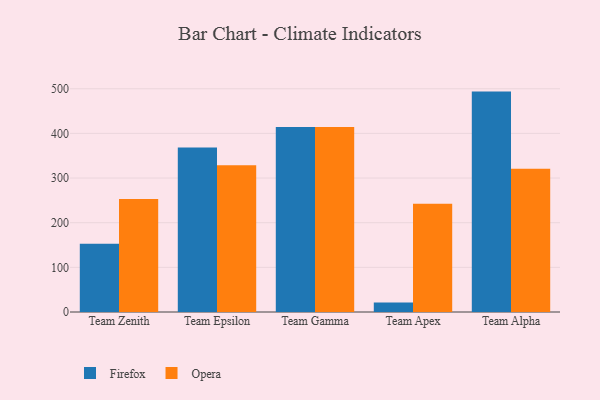
{"axis": {"x": "Team", "y": "Temperature (°C)"}, "legend": ["Firefox", "Opera"], "data": [{"x": "Team Zenith", "y": 153.0, "type": "Firefox"}, {"x": "Team Zenith", "y": 252.8, "type": "Opera"}, {"x": "Team Epsilon", "y": 368.4, "type": "Firefox"}, {"x": "Team Epsilon", "y": 328.4, "type": "Opera"}, {"x": "Team Gamma", "y": 414.2, "type": "Firefox"}, {"x": "Team Gamma", "y": 414.4, "type": "Opera"}, {"x": "Team Apex", "y": 21.2, "type": "Firefox"}, {"x": "Team Apex", "y": 242.7, "type": "Opera"}, {"x": "Team Alpha", "y": 493.6, "type": "Firefox"}, {"x": "Team Alpha", "y": 320.7, "type": "Opera"}]}